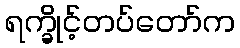
ရက္ခိုင့်တပ်တော်က